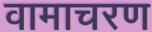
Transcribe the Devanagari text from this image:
वामाचरण